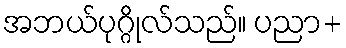
အဘယ်ပုဂ္ဂိုလ်သည်။ ပညာ+